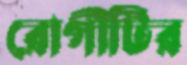
রোগীটির